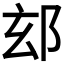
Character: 𮟴